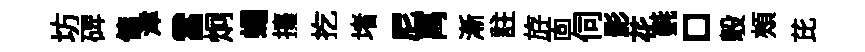
坊𥓓傭津當炯蠅擡扢堵尼罥漸註斿靣伺影花㲲□彀頰芘